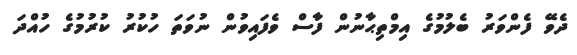
ދެވޭ ފެންވަރު ބެލުމުގެ އިމްތިޙާނުން ފާސް ވެފައިވުން ނުވަތަ ހުކުރު ކުރުމުގެ ހުއްދަ